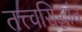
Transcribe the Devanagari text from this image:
तत्त्वसिद्धांत